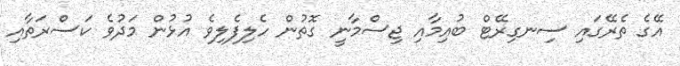
އޭގެ ތެރޭގައި ސިނގިރޭޓް ބުއިމާއި ޖިސްމާނީ ގޮތުން ހެލިފެލިވެ އުޅުން މަދުވެ ކަސްރަތާއި